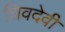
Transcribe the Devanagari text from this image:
शिवदेवी